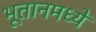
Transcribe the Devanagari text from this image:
भूतानमध्यें